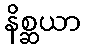
နိစ္ဆယာ